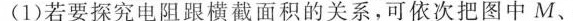
(1)若要探究电阻跟横截面积的关系，可依次把图中M、